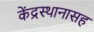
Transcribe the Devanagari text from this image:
केंद्रस्थानासह